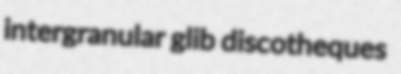
intergranular glib discotheques